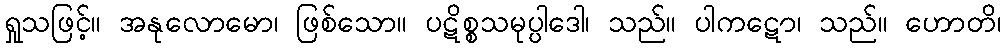
ရှုသဖြင့်။ အနုလောမော၊ ဖြစ်သော။ ပဋိစ္စသမုပ္ပါဒေါ၊ သည်။ ပါကဋော၊ သည်။ ဟောတိ၊